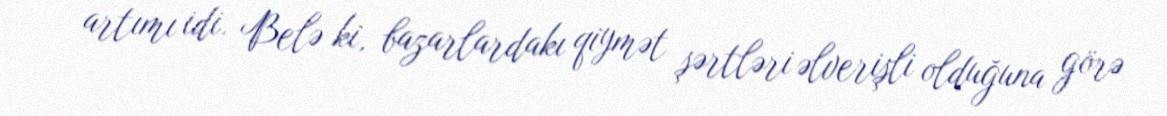
artımı idi. Belə ki, bazarlardakı qiymət şərtləri əlverişli olduğuna görə